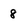
Character: 8